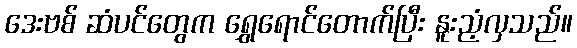
ဒေးဗစ် ဆံပင်တွေက ရွှေရောင်တောက်ပြီး နူးညံ့လှသည်။